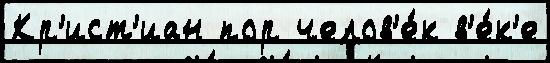
Кр'ист'иан пор челов'е́к в'е́к'е